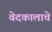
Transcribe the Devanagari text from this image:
वेदकालाचे